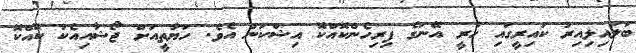
ބަލައިލިއިރު ކައިރީގައި ހުރީ އޭނަގެ ފިރިހެންކޮއްކޮ އިޝްކަން އެވެ. ހަޔާތީއަށް ޖޯޝާއިއެކު ކޮއްކޮ